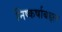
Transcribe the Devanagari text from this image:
निष्कर्षाबद्दल